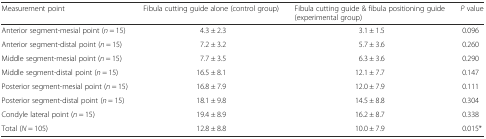
<table><thead><tr><td><b>Measurement point</b></td><td><b>Fibula cutting guide alone (control group)</b></td><td><b>Fibula cutting guide &amp; fibula positioning guide (experimental group)</b></td><td><b><i>P</i> value</b></td></tr></thead><tbody><tr><td>Anterior segment-mesial point (<i>n</i> = 15)</td><td>4.3 ± 2.3</td><td>3.1 ± 1.5</td><td>0.096</td></tr><tr><td>Anterior segment-distal point (<i>n</i> = 15)</td><td>7.2 ± 3.2</td><td>5.7 ± 3.6</td><td>0.260</td></tr><tr><td>Middle segment-mesial point (<i>n</i> = 15)</td><td>7.7 ± 3.5</td><td>6.3 ± 3.6</td><td>0.290</td></tr><tr><td>Middle segment-distal point (<i>n</i> = 15)</td><td>16.5 ± 8.1</td><td>12.1 ± 7.7</td><td>0.147</td></tr><tr><td>Posterior segment-mesial point (<i>n</i> = 15)</td><td>16.8 ± 7.9</td><td>12.0 ± 7.9</td><td>0.111</td></tr><tr><td>Posterior segment-distal point (<i>n</i> = 15)</td><td>18.1 ± 9.8</td><td>14.5 ± 8.8</td><td>0.304</td></tr><tr><td>Condyle lateral point (<i>n</i> = 15)</td><td>19.4 ± 8.9</td><td>16.2 ± 8.7</td><td>0.338</td></tr><tr><td>Total (<i>N</i> = 105)</td><td>12.8 ± 8.8</td><td>10.0 ± 7.9</td><td>0.015*</td></tr></tbody></table>